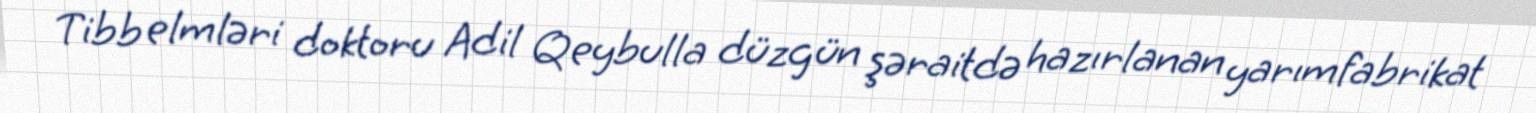
Tibb elmləri doktoru Adil Qeybulla düzgün şəraitdə hazırlanan yarımfabrikat